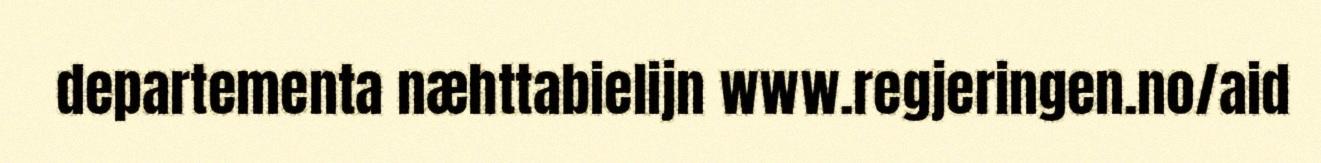
departementa næhttabielijn www.regjeringen.no/aid